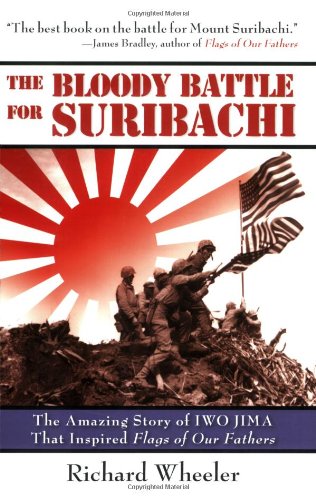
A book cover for The Bloody Battle for Suribachi: The Amazing Story of Iwo Jima that Inspired Flags of Our Fathers; Richard Wheeler; Literature & Fiction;